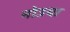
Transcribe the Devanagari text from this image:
नोउया